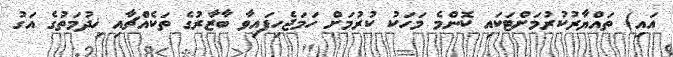
އައި) ތައްޔާރުކުރުމަށްޓަކައި ކޮންމެ މަހަކު ކުރުމަށް ހަމަޖެހިފައިވާ ބާޒާރުގެ ތަކެއްޗާއި ޚިދުމަތުގެ އަގު